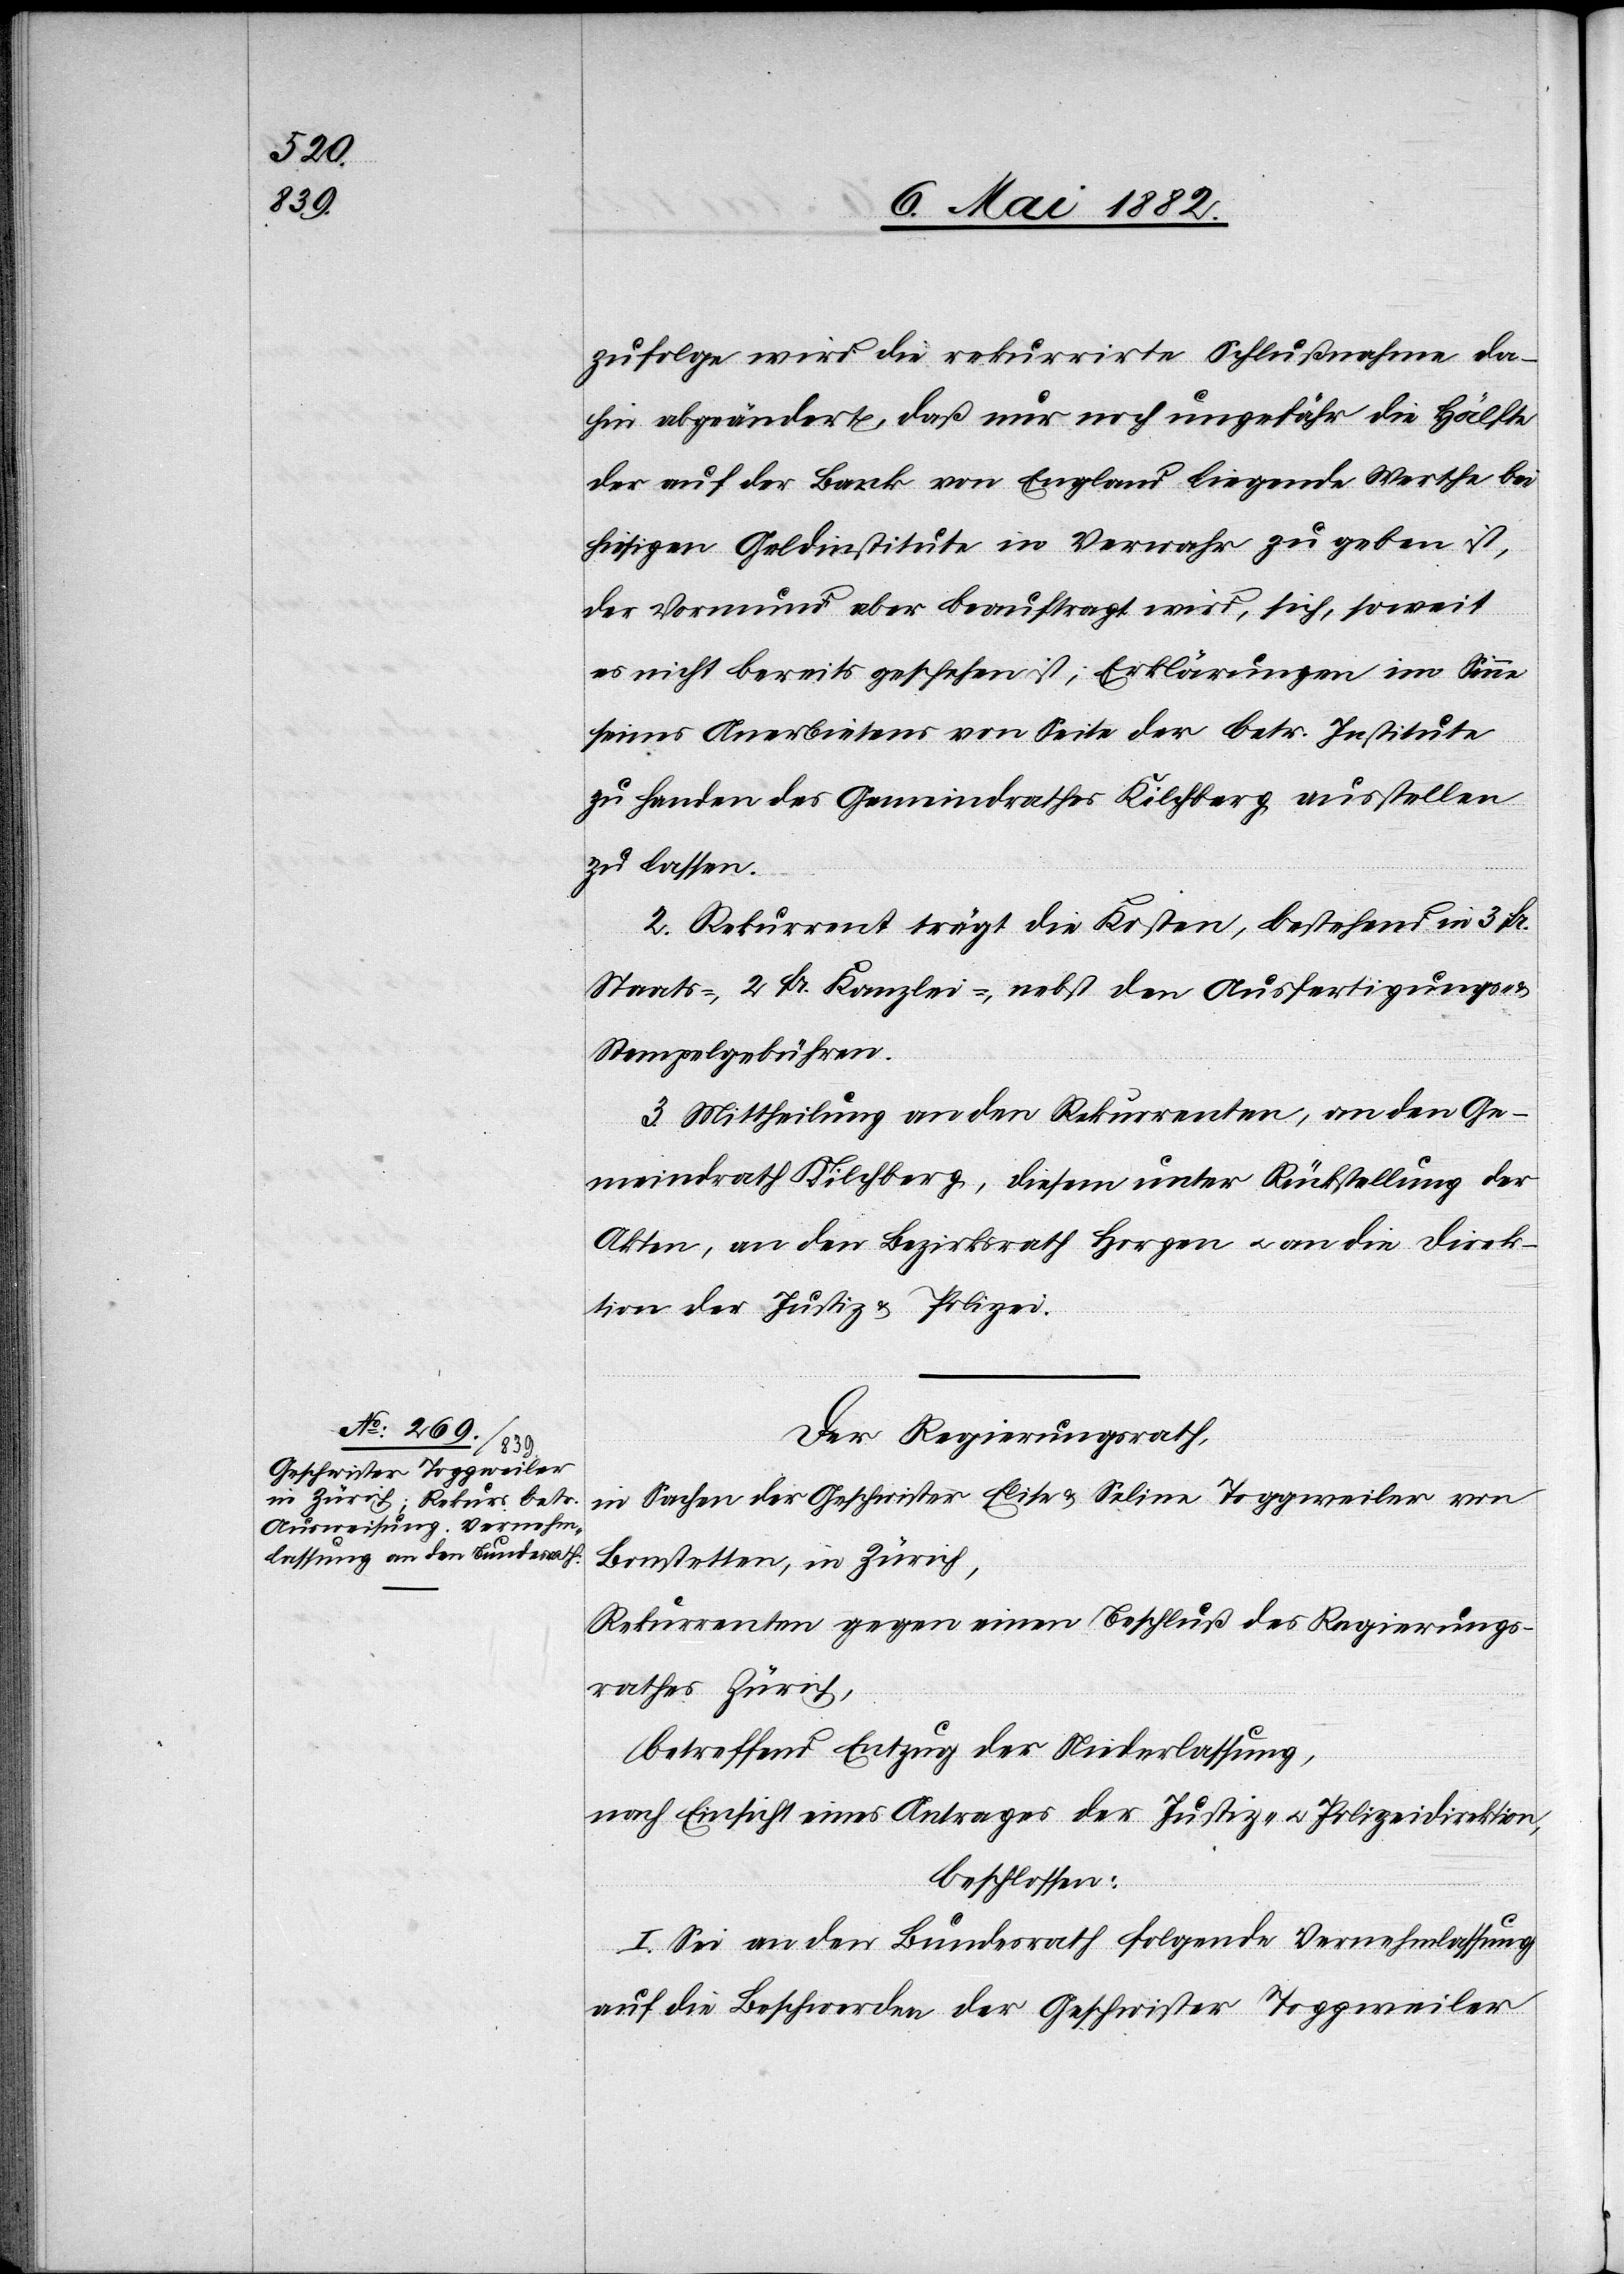
zufolge wird die rekurrirte Schlußnahme da¬
hin abgeändert, daß nur noch ungefähr die Hälfte
der auf der Bank von England liegende[n] Werthe bei
hiesigen Geldinstituten in Verwahr zu geben ist,
der Vormund aber beauftragt wird, sich, soweit
es nicht bereits geschehen ist, Erklärungen im Sinne
seines Anerbietens von Seite der betr. Institute
zu Handen des Gemeindrathes Kilchberg ausstellen
zu lassen.
2. Rekurrent trägt die Kosten, bestehend in 3 Fr.
Staats-, 2 Fr. Kanzlei-, nebst den Ausfertigungs-
Stempelgebühren.
3. Mittheilung an den Rekurrenten, an den Ge¬
meindrath Kilchberg, diesem unter Rückstellung der
Akten, an den Bezirksrath u. an die Direk¬
tion der Justiz & Polizei.
Der Regierungsrath
in Sachen der Geschwister Elise & Seline Toggweiler von
Bonstetten, in Zürich,
Rekurrenten gegen einen Beschluß des Regierungs¬
rathes Zürich,
betreffend Entzug der Niederlassung,
nach Einsicht eines Antrages der Justiz- u. Polizeidirektion,
beschlossen:
I. Sei an den Bundesrath folgende Vernehmlassung
auf die Beschwerde der Geschwister Toggweiler